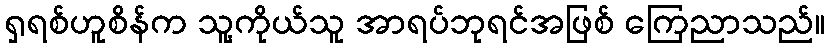
ရှရစ်ဟူစိန်က သူ့ကိုယ်သူ အာရပ်ဘုရင်အဖြစ် ကြေညာသည်။